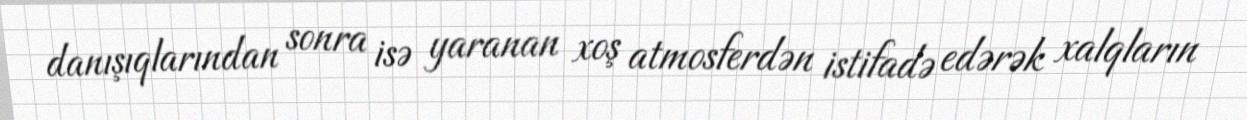
danışıqlarından sonra isə yaranan xoş atmosferdən istifadə edərək xalqların